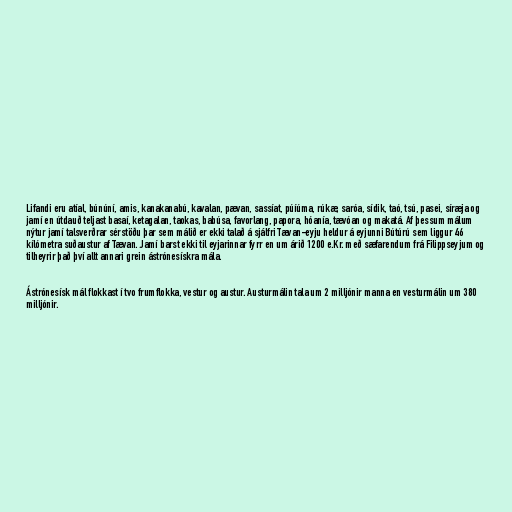
Lifandi eru atíal, búnúní, amis, kanakanabú, kavalan, pævan, sassíat, púíúma, rúkæ, saróa, sídik, taó, tsú, pasei, síræja og
jamí en útdauð teljast basaí, ketagalan, taokas, babúsa, favorlang, papora, hóanía, tævóan og makatá. Af þessum málum
nýtur jamí talsverðrar sérstöðu þar sem málið er ekki talað á sjálfri Tævan-eyju heldur á eyjunni Bútúrú sem liggur 46
kílómetra suðaustur af Tævan. Jamí barst ekki til eyjarinnar fyrr en um árið 1200 e.Kr. með sæfarendum frá Filippseyjum og
tilheyrir það því allt annari grein ástrónesískra mála.

Ástrónesísk mál flokkast í tvo frumflokka, vestur og austur. Austurmálin tala um 2 milljónir manna en vesturmálin um 380
milljónir.